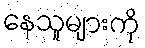
နေသူများကို